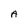
Character: A